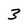
Character: 3